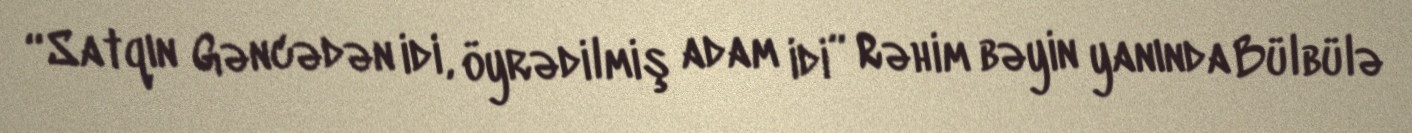
“Satqın Gəncədən idi, öyrədilmiş adam idi” Rəhim bəyin yanında Bülbülə